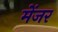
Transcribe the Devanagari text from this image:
मेंजर